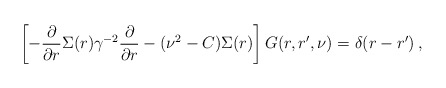
\begin{align*}\left[-\frac{\partial}{\partial r} \Sigma(r) \gamma^{-2}\frac{\partial}{\partial r} - (\nu^2 - C) \Sigma(r)\right]G(r,r',\nu) = \delta(r - r') \,,\end{align*}